Vaccination in Burma 1920-1933 - 1920-1933
Year: 1920
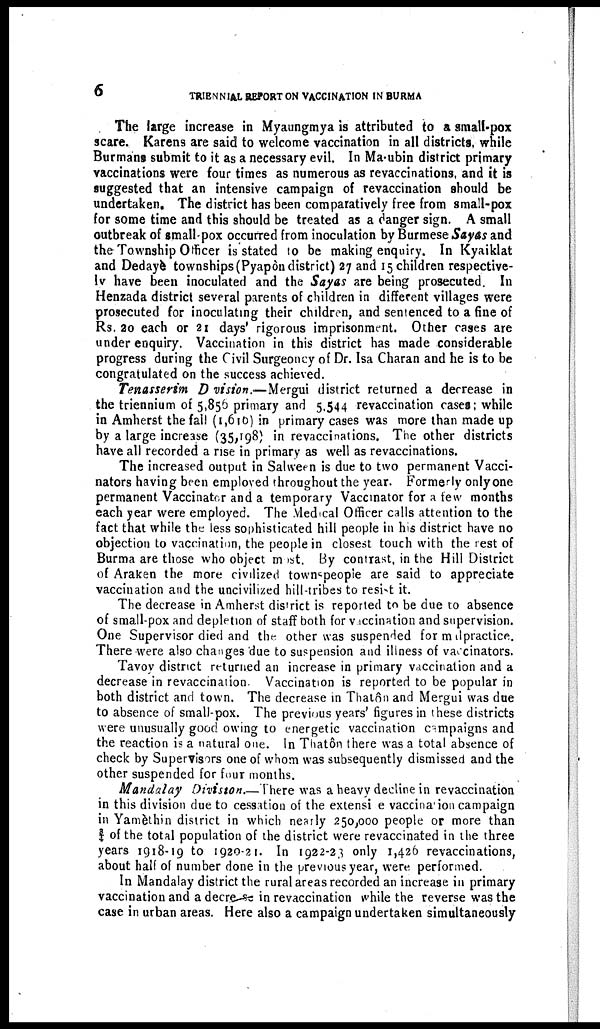
6
TRIENNIAL REPORT ON VACCINATION IN BURMA
The large increase in Myaungmya is attributed to a small-pox
scare. Karens are said to welcome vaccination in all districts, while
Burmans submit to it as a necessary evil. In Ma-ubin district primary
vaccinations were four times as numerous as revaccinations, and it is
suggested that an intensive campaign of revaccination should be
undertaken. The district has been comparatively free from small-pox
for some time and this should be treated as a danger sign. A small
outbreak of small-pox occurred from inoculation by Burmese Sayas and
the Township Officer is stated to be making enquiry. In Kyaiklat
and Dedayè townships(Pyapôn district) 27 and 15 children respective-
ly have been inoculated and the Sayas are being prosecuted. In
Henzada district several parents of children in different villages were
prosecuted for inoculating their children, and sentenced to a fine of
Rs. 20 each or 21 days rigorous imprisonment. Other cases are
under enquiry. Vaccination in this district has made considerable
progress during the Civil Surgeoncy of Dr. Isa Charan and he is to be
congratulated on the success achieved.
Tenasserim Division.—Mergui district returned a decrease in
the triennium of 5,856 primary and 5,544 revaccination cases; while
in Amherst the fall (1,610) in primary cases was more than made up
by a large increase (35,198) in revaccinations. The other districts
have all recorded a rise in primary as well as revaccinations.
The increased output in Salween is due to two permanent Vacci-
nators having been employed throughout the year. Formerly only one
permanent Vaccinator and a temporary Vaccinator for a few months
each year were employed. The Medical Officer calls attention to the
fact that while the less sophisticated hill people in his district have no
objection to vaccination, the people in closest touch with the rest of
Burma are those who object most. By contrast, in the Hill District
of Araken the more civilized townspeople are said to appreciate
vaccination and the uncivilized hill-tribes to resist it.
The decrease in Amherst district is reported to be due to absence
of small-pox and depletion of staff both for vaccination and supervision.
One Supervisor died and the other was suspended for malpractice.
There were also changes due to suspension and illness of vaccinators.
Tavoy district returned an increase in primary vaccination and a
decrease in revaccination. Vaccination is reported to be popular in
both district and town. The decrease in Thatôn and Mergui was due
to absence of small-pox. The previous years' figures in these districts
were unusually good owing to energetic vaccination campaigns and
the reaction is a natural one. In Thatôn there was a total absence of
check by Supervisors one of whom was subsequently dismissed and the
other suspended for four months.
Mandalay Division.—There was a heavy decline in revaccination
in this division due to cessation of the extensive vaccination campaign
in Yamèthin district in which nearly 250,000 people or more than
¾ of the total population of the district were revaccinated in the three
years 1918-19 to 1920-21. In 1922-23 only 1,426 revaccinations,
about half of number done in the previous year, were performed.
In Mandalay district the rural areas recorded an increase in primary
vaccination and a decrease in revaccination while the reverse was the
case in urban areas. Here also a campaign undertaken simultaneously